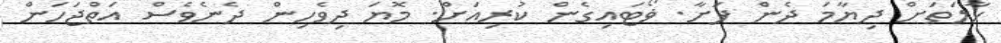
ހާލަތަށް ދިޔާމަ ދެން ފަށާ. ޥޯޓައިގެން ކުރިއަށް. މޮޔަ ދިވެހިން ދެނެވެސް އަތްޖަހަން